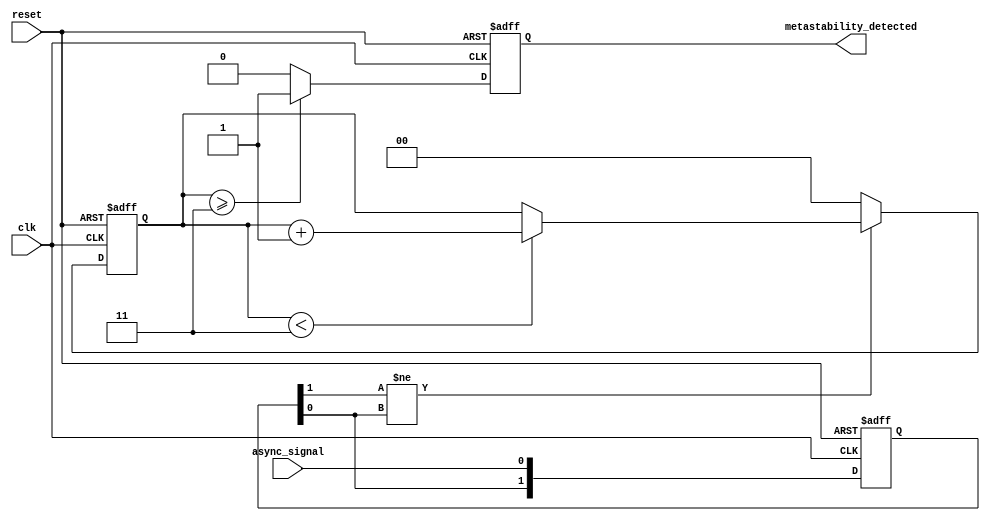
module metastability_detector (
    input wire clk,             // Clock signal
    input wire reset,           // Reset signal
    input wire async_signal,     // Asynchronous input signal
    output reg metastability_detected // Output signal indicating metastability
);

// Parameters
parameter METASTABILITY_THRESHOLD = 3; // Number of clock cycles to detect metastability

// Internal signals
reg [1:0] ff1, ff2; // Output of the two D flip-flops
reg [1:0] metastable_counter; // Counter to track metastability duration

// D Flip-Flop 1
always @(posedge clk or posedge reset) begin
    if (reset) begin
        ff1 <= 2'b00; // Reset state
    end else begin
        ff1 <= {ff1[0], async_signal}; // Capture async signal
    end
end

// D Flip-Flop 2
always @(posedge clk or posedge reset) begin
    if (reset) begin
        ff2 <= 2'b00; // Reset state
    end else begin
        ff2 <= ff1; // Capture output of the first flip-flop
    end
end

// Metastability detection logic
always @(posedge clk or posedge reset) begin
    if (reset) begin
        metastable_counter <= 2'b00; // Reset counter
        metastability_detected <= 1'b0; // Clear detection flag
    end else begin
        // Check if the output of ff1 is stable or metastable
        if (ff1[1] != ff1[0]) begin // Output is changing
            if (metastable_counter < METASTABILITY_THRESHOLD) begin
                metastable_counter <= metastable_counter + 1; // Increment counter
            end
        end else begin
            metastable_counter <= 2'b00; // Reset counter if stable
        end
        
        // Assert metastability detected if counter exceeds threshold
        if (metastable_counter >= METASTABILITY_THRESHOLD) begin
            metastability_detected <= 1'b1; // Metastability detected
        end else begin
            metastability_detected <= 1'b0; // Clear detection flag
        end
    end
end

endmodule